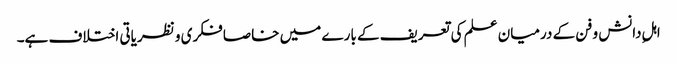
اہلِ دانش و فن کے درمیان علم کی تعریف کے بارے میں خاصا فکری و نظریاتی اختلاف ہے۔